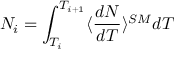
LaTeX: N _ { i } = \int _ { T _ { i } } ^ { T _ { i + 1 } } \langle \frac { d N } { d T } \rangle ^ { S M } d T